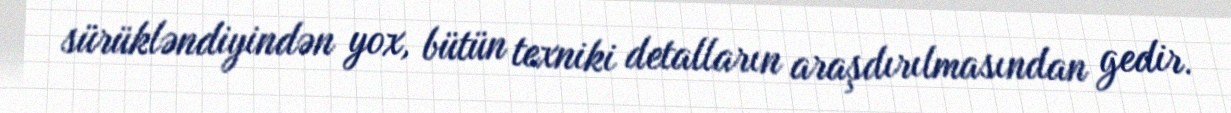
sürükləndiyindən yox, bütün texniki detalların araşdırılmasından gedir.